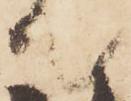
て